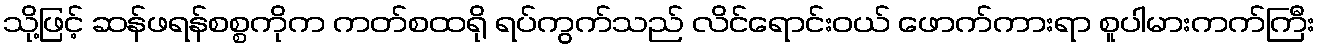
သို့ဖြင့် ဆန်ဖရန်စစ္စကိုက ကတ်စထရို ရပ်ကွက်သည် လိင်ရောင်းဝယ် ဖောက်ကားရာ စူပါမားကက်ကြီး